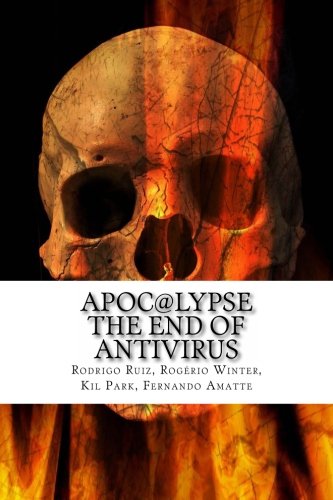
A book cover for Apoc@lypse: The End of Antivirus; Rodrigo Ruiz; Computers & Technology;